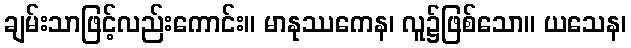
ချမ်းသာဖြင့်လည်းကောင်း။ မာနုဿကေန၊ လူ၌ဖြစ်သော။ ယသေန၊